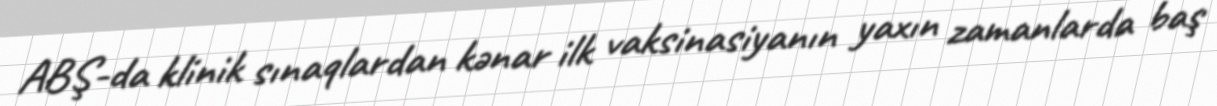
ABŞ-da klinik sınaqlardan kənar ilk vaksinasiyanın yaxın zamanlarda baş